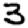
Digit: 3